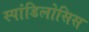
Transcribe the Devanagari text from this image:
स्पांडिलोसिस